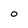
Character: O